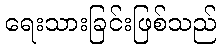
ရေးသားခြင်းဖြစ်သည်